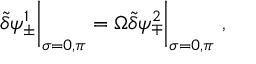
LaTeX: \tilde { \delta } \psi _ { \pm } ^ { 1 } \bigg | _ { \sigma = 0 , \pi } = \Omega \tilde { \delta } \psi _ { \mp } ^ { 2 } \bigg | _ { \sigma = 0 , \pi } ~ ,